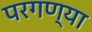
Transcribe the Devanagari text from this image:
परगण्या